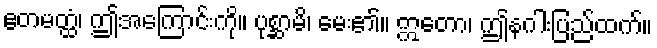
ဧတမတ္ထံ၊ ဤအကြောင်းကို။ ပုစ္ဆာမိ၊ မေး၏။ ဣတော၊ ဤနဂါးပြည်ထက်။